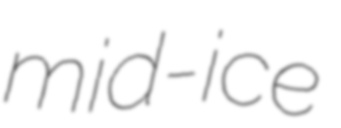
mid-ice